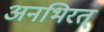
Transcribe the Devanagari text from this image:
अनभिरत्